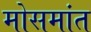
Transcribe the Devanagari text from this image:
मोसमांत